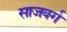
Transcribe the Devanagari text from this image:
साजवर्ग